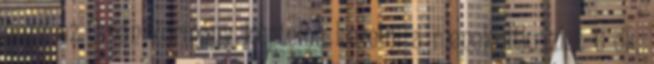
hogy az Orbán-kormány képtelen kezelni a menekültkrízist 6 ok,